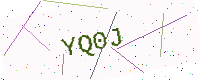
Text: YQ0J